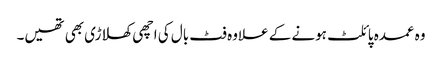
وہ عمدہ پائلٹ ہونے کے علاوہ فٹ بال کی اچھی کھلاڑی بھی تھیں۔